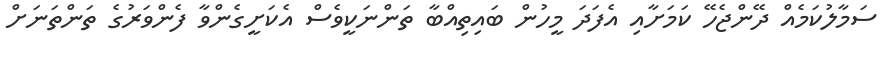
ސަމާލުކަމެއް ދޭންޖެހޭ ކަމަށާއި އެފަދަ މީހުން ބައިތިއްބާ ތަންނަކީވެސް އެކަށީގެންވާ ފެންވަރުގެ ތަންތަނަށް